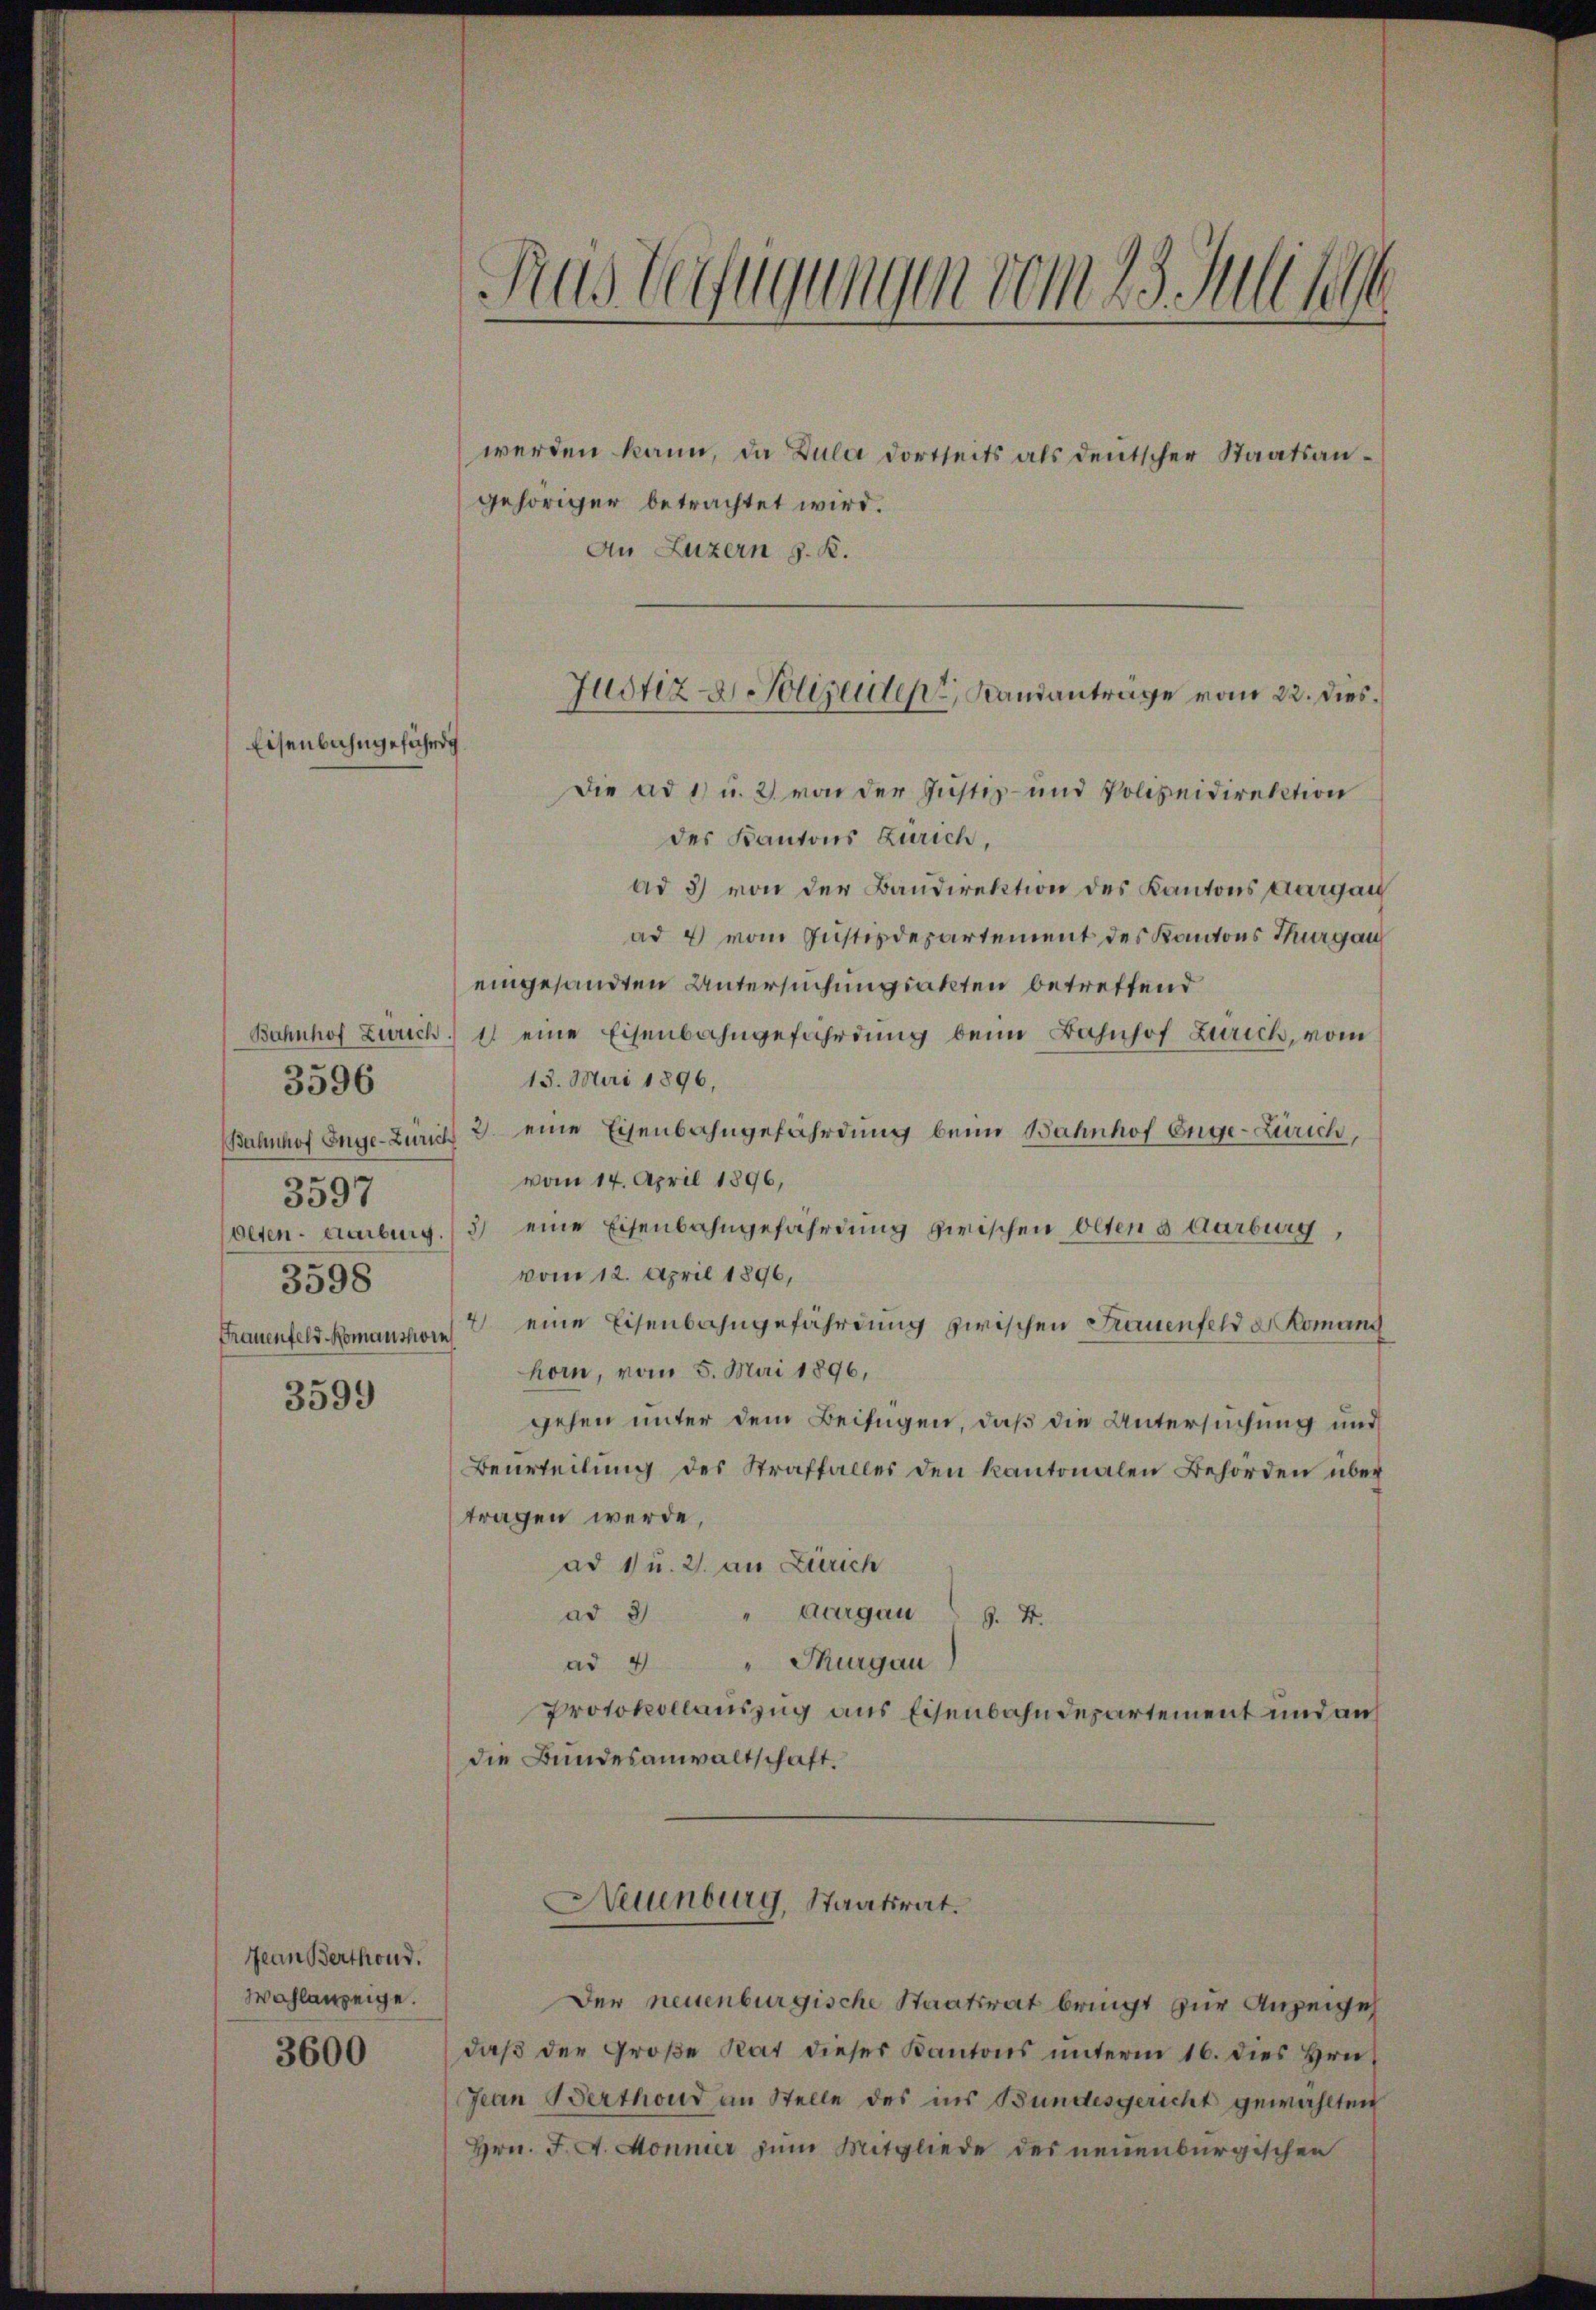
Eisenbahngefährdg.

3596

Bahnhof Enge-Zürich
3597
Oeten-Aarburg.
3598
Frauenfeld Romanshorn

3599

Jean Berthond.
Wahlanzeige.
3600

Die ad 1) u. 2) von der Justiz- und Polizeidirektion
des Kantons Zürich,
ad 3) von der Bandirektion des Kantons Aargau
ad 4 vom Justizdepartement des Kantons Thurgau
eingesandten Untersuchungsakten betreffend
Bahnhof Zürich) 11 eine Eisenbahngefährdung beim Bahnhof Zürich, vom
13. Mai 1896,
2 eine Eisenbahngefährdung beim Bahnhof Enge-Zürich,
vom 14. April 1896,
3) eine Eisenbahngefährdung zwischen Oltend Aarburg,
vom 12. April 1896,
4 eine Eisenbahngefährdung zwischen Frauenfeld d Romans
horn, vom 5. Mai 1896,
gehen unter dem Beifügen, daß die Untersuchung und
Beurteilŭng des Straffalles den kantonalen Behörden über
tragen werde,
ad 1 u. 2. an Zürich
ad 3 " Aargau §. 4.
ad 4 " Thurgau)
Protokollauszug aus Eisenbahndepartement und auf
die Bundesanwaltschaft.

gehöriger betrachtet wird.
An Luzern z. B.

Aus Verfügungen vom 23. Julii

Justiz- & Polizeiden, Landanträge vom 22. Dies

Neuenburg, Staatsrat.

Der neuenburgische Staatsrat bringt zur Anzeige
daβ der Große Rat dieser Kantons ŭnterm 16. dies Hrn.
Jean Berthoud an Stelle des ins Bundesgericht gewählten
Hrn. J. A. Monnier zum Mitgliede des neuenburgischen

werden kann, da Dula dortseits als deutscher Staatsan¬